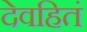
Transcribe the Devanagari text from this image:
देवहितं